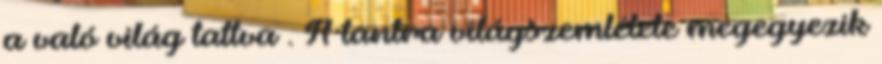
a való világ tattva . A tantra világszemlélete megegyezik